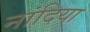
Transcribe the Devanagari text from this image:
नांदिया